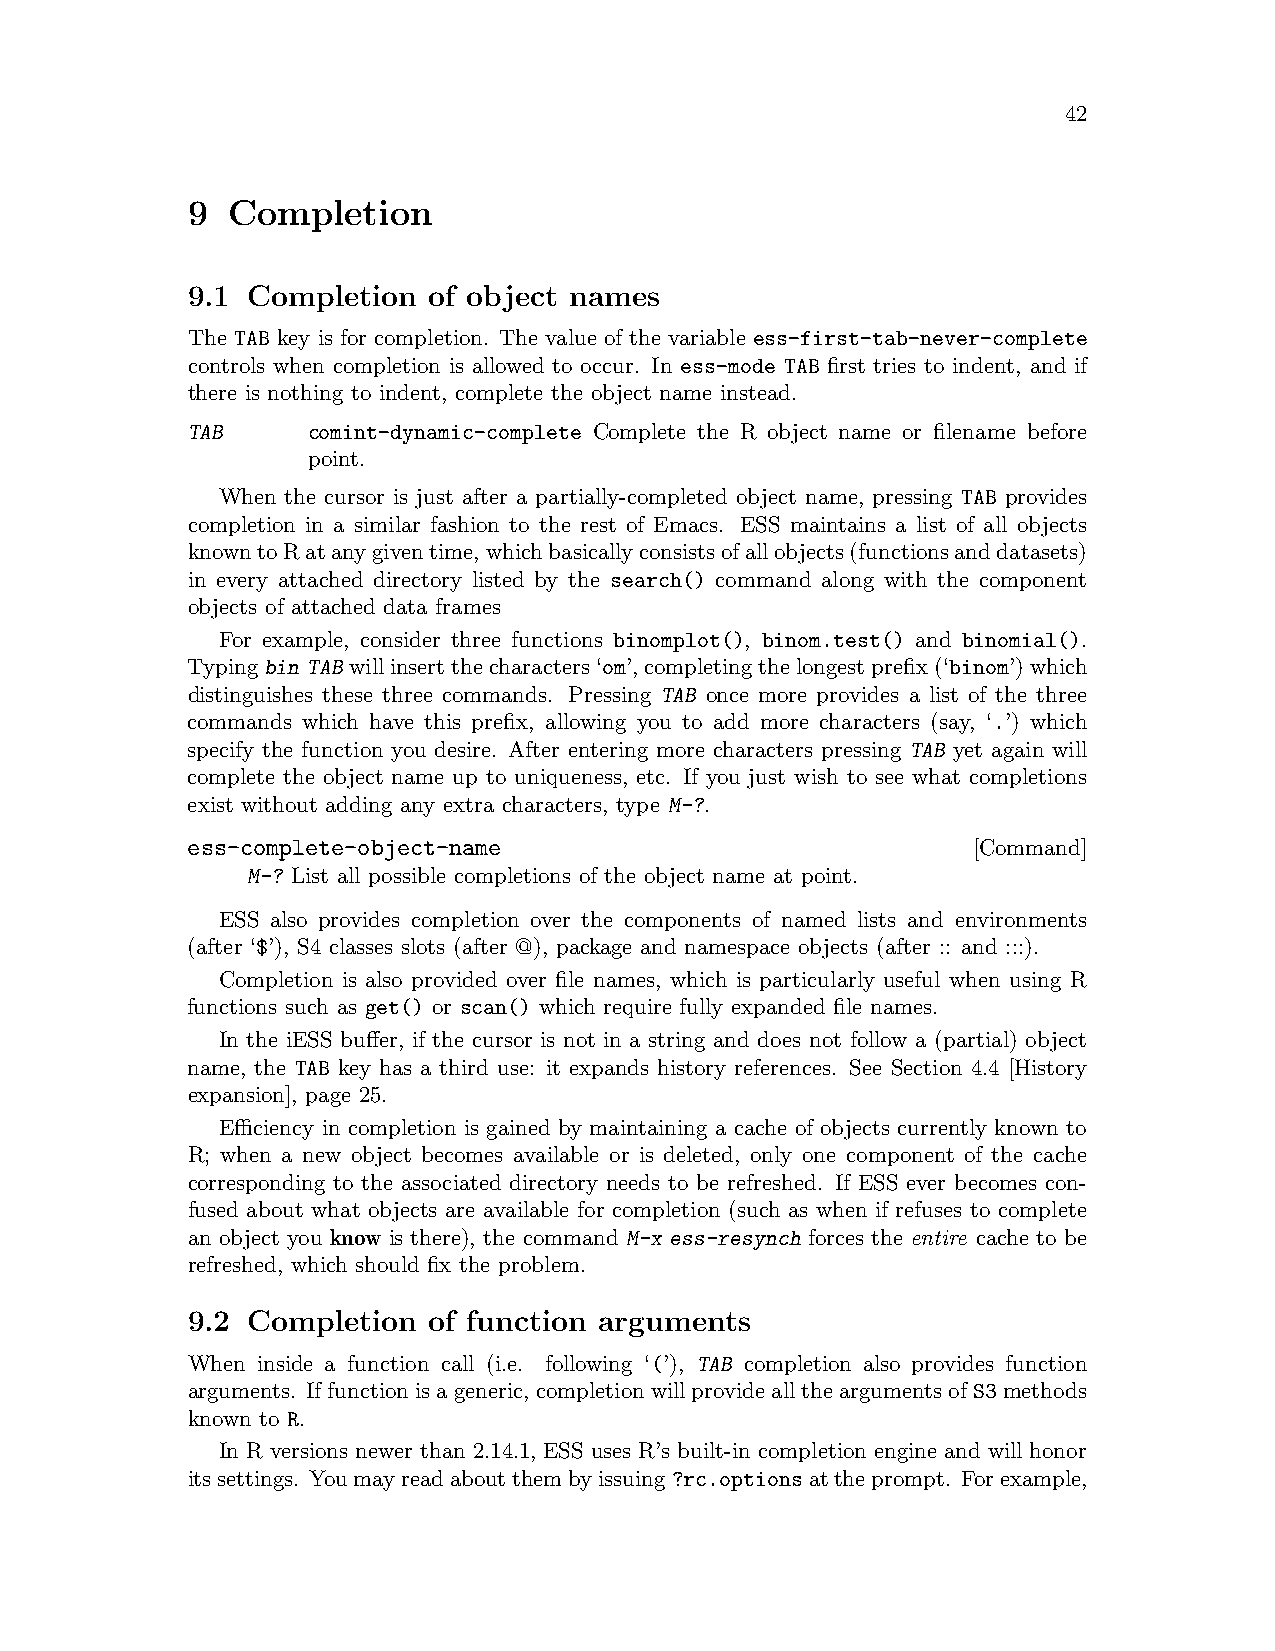
42
 9  Completion
 9.1 Completion  of object names
 The TAB key is for completion. The value of the variable ess-first-tab-never-complete
 controls when completion is allowed to occur. In ess-mode TAB first tries to indent, and if
 there is nothing to indent, complete the object name instead.
 TAB     comint-dynamic-complete Complete the R object name or filename before
 point.
 When the cursor is just after a partially-completed object name, pressing TAB provides
 completion in a similar fashion to the rest of Emacs. ESS maintains a list of all objects
 knowntoRatanygiventime,whichbasicallyconsistsofallobjects(functionsanddatasets)
 in every attached directory listed by the search() command along with the component
 objects of attached data frames
 For example, consider three functions binomplot(), binom.test() and binomial().
 Typingbin TABwillinsertthecharacters‘om’,completingthelongestprefix(‘binom’)which
 distinguishes these three commands. Pressing TAB once more provides a list of the three
 commands which have this prefix, allowing you to add more characters (say, ‘.’) which
 specify the function you desire. After entering more characters pressing TAB yet again will
 complete the object name up to uniqueness, etc. If you just wish to see what completions
 exist without adding any extra characters, type M-?.
 ess-complete-object-name                            [Command]
 M-? List all possible completions of the object name at point.
 ESS also provides completion over the components of named lists and environments
 (after ‘$’), S4 classes slots (after @), package and namespace objects (after :: and :::).
 Completion is also provided over file names, which is particularly useful when using R
 functions such as get() or scan() which require fully expanded file names.
 In the iESS buffer, if the cursor is not in a string and does not follow a (partial) object
 name, the TAB key has a third use: it expands history references. See Section 4.4 [History
 expansion], page 25.
 Efficiency in completion is gained by maintaining a cache of objects currently known to
 R; when a new object becomes available or is deleted, only one component of the cache
 corresponding to the associated directory needs to be refreshed. If ESS ever becomes con-
 fused about what objects are available for completion (such as when if refuses to complete
 an object you know is there), the command M-x ess-resynch forces the entire cache to be
 refreshed, which should fix the problem.
 9.2 Completion  of function arguments
 When inside a function call (i.e. following ‘(’), TAB completion also provides function
 arguments. Iffunctionisageneric, completionwillprovidealltheargumentsofS3methods
 known to R.
 In R versions newer than 2.14.1, ESS uses R’s built-in completion engine and will honor
 itssettings. Youmayreadaboutthembyissuing?rc.optionsattheprompt. Forexample,